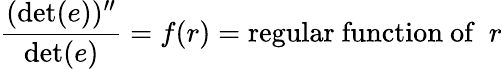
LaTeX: {\frac{(\operatorname*{det}(e))^{\prime\prime}}{\operatorname*{det}(e)}}=f(r)=\mathrm{regular~function~of}~~r